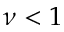
\nu < 1